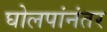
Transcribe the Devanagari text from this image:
घोलपांनंतर